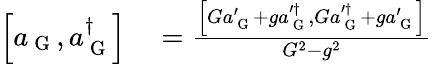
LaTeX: \begin{array}{rl}{\left[a_{\mathrm{~G~}},a_{\mathrm{~G~}}^{\dagger}\right]}&{{}=\frac{\left[Ga_{\mathrm{~G~}}^{\prime}+ga_{\mathrm{~G~}}^{\prime\dagger},Ga_{\mathrm{~G~}}^{\prime\dagger}+ga_{\mathrm{~G~}}^{\prime}\right]}{G^{2}-g^{2}}}\end{array}